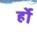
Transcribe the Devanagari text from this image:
र्हो